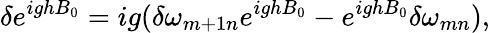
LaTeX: \delta e^{ighB_{0}}=ig(\delta\omega_{m+1n}e^{ighB_{0}}-e^{ighB_{0}}\delta\omega_{mn}),